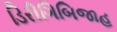
ડિરીગિબિજાહ